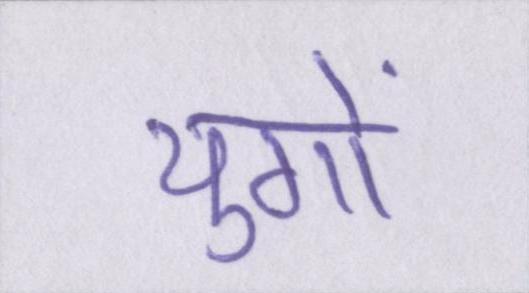
युगों